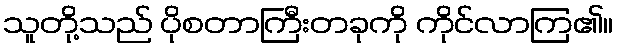
သူတို့သည် ပိုစတာကြီးတခုကို ကိုင်လာကြ၏။